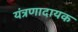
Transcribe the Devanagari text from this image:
यंत्रणादायक